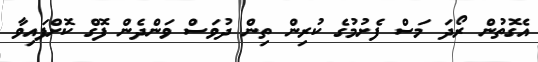
އެގޮތުން ރޯދަ މަސް ފެށުމުގެ ކުރިން ތިން ދުވަސް ވަންދެން ފޮގް ކޮށްފައިވާ